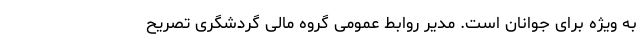
به ویژه برای جوانان است. مدیر روابط عمومی گروه مالی گردشگری تصریح